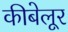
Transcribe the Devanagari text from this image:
कीबेलूर